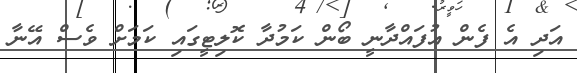
އަދި އެ ފެން އުފައްދާނީ ބޯން ކަމުދާ ކޮލިޓީގައި ކަމަށް ވެސް އޭނާ